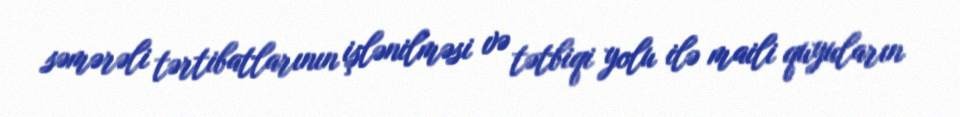
səmərəli tərtibatlarının işlənilməsi və tətbiqi yolu ilə maili quyuların